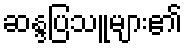
ဆန္ဒပြသူများ၏